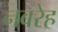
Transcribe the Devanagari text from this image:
नवरेह